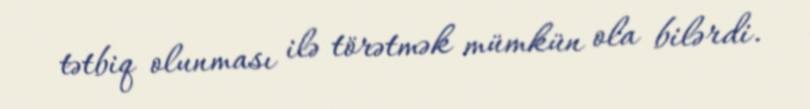
tətbiq olunması ilə törətmək mümkün ola bilərdi.